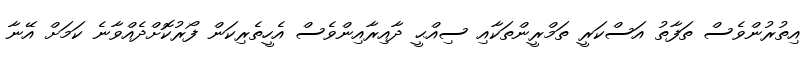
އިތުރުންވެސް ތަފާތު އަސްކަރީ ތަމްރީންތަކާއި ސިއްޙީ ދާއިރާއިންވެސް އެހީތެރިކަން ފޯރުކޮށްދެއްވާނެ ކަމަށް އޭނާ